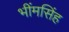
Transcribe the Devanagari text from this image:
भींमसिंह